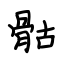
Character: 骷